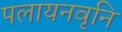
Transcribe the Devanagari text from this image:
पलायनवृनि